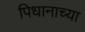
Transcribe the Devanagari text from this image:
पिधानाच्या